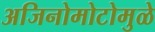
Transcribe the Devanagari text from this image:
अजिनोमोटोमुळे